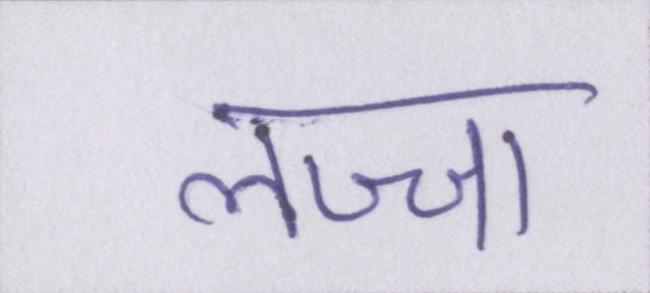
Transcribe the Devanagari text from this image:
लज्जा